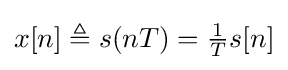
x[n]\triangleq s(nT)={\tfrac {1}{T}}s[n]